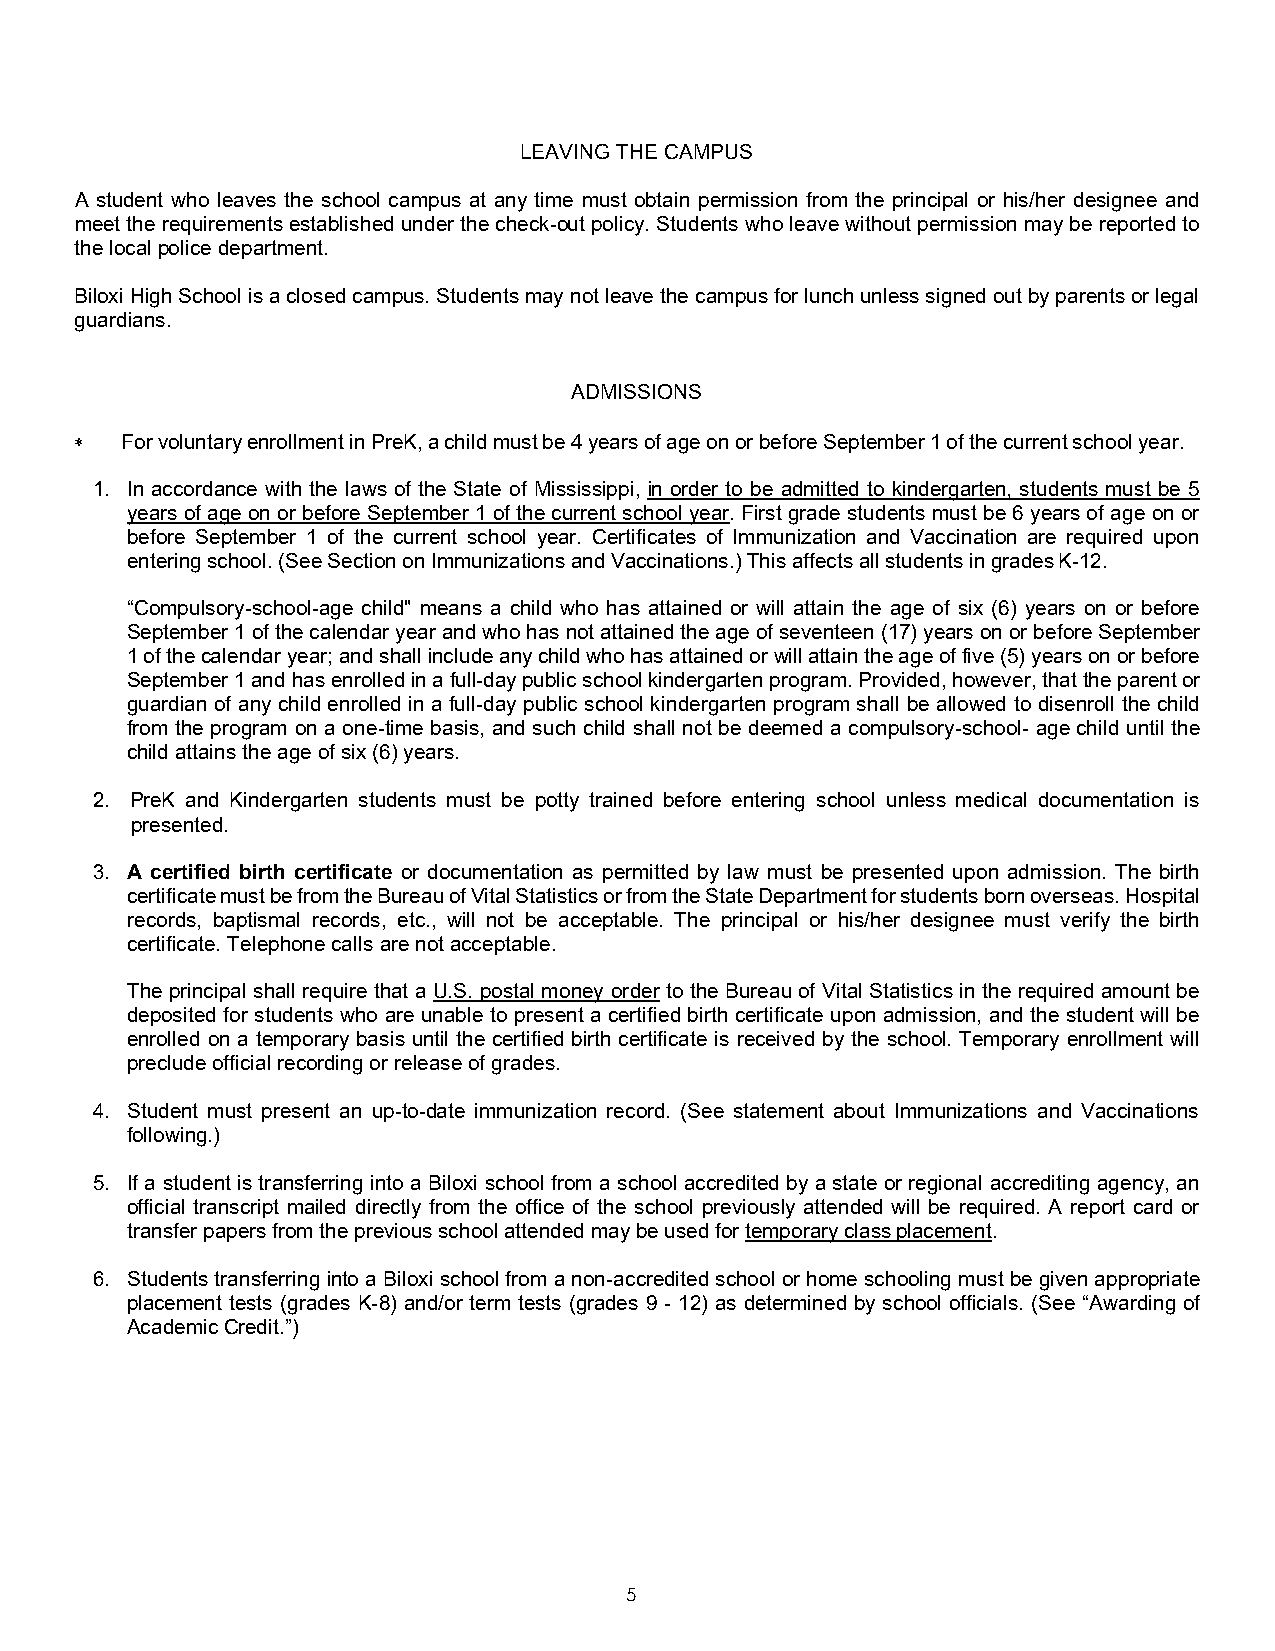
LEAVING THE CAMPUS
 A student who leaves the school campus at any time must obtain permission from the principal or his/her designee and
 meet the requirements established under the check-out policy. Students who leave without permission may be reported to
 the local police department.
 Biloxi High School is a closed campus. Students may not leave the campus for lunch unless signed out by parents or legal
 guardians.
 ADMISSIONS
 ∗  For voluntary enrollment in PreK, a child must be 4 years of age on or before September 1 of the current school year.
 1. In accordance with the laws of the State of Mississippi, in order to be admitted to kindergarten, students must be 5
 years of age on or before September 1 of the current school year. First grade students must be 6 years of age on or
 before September 1 of the current school year. Certificates of Immunization and Vaccination are required upon
 entering school. (See Section on Immunizations and Vaccinations.) This affects all students in grades K-12.
 “Compulsory-school-age child" means a child who has attained or will attain the age of six (6) years on or before
 September 1 of the calendar year and who has not attained the age of seventeen (17) years on or before September
 1 of the calendar year; and shall include any child who has attained or will attain the age of five (5) years on or before
 September 1 and has enrolled in a full-day public school kindergarten program. Provided, however, that the parent or
 guardian of any child enrolled in a full-day public school kindergarten program shall be allowed to disenroll the child
 from the program on a one-time basis, and such child shall not be deemed a compulsory-school- age child until the
 child attains the age of six (6) years.
 2. PreK and Kindergarten students must be potty trained before entering school unless medical documentation is
 presented.
 3. A certified birth certificate or documentation as permitted by law must be presented upon admission. The birth
 certificate must be from the Bureau of Vital Statistics or from the State Department for students born overseas. Hospital
 records, baptismal records, etc., will not be acceptable. The principal or his/her designee must verify the birth
 certificate. Telephone calls are not acceptable.
 The principal shall require that a U.S. postal money order to the Bureau of Vital Statistics in the required amount be
 deposited for students who are unable to present a certified birth certificate upon admission, and the student will be
 enrolled on a temporary basis until the certified birth certificate is received by the school. Temporary enrollment will
 preclude official recording or release of grades.
 4. Student must present an up-to-date immunization record. (See statement about Immunizations and Vaccinations
 following.)
 5. If a student is transferring into a Biloxi school from a school accredited by a state or regional accrediting agency, an
 official transcript mailed directly from the office of the school previously attended will be required. A report card or
 transfer papers from the previous school attended may be used for temporary class placement.
 6. Students transferring into a Biloxi school from a non-accredited school or home schooling must be given appropriate
 placement tests (grades K-8) and/or term tests (grades 9 - 12) as determined by school officials. (See “Awarding of
 Academic Credit.”)
 5